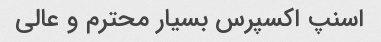
اسنپ اکسپرس بسیار محترم و عالی